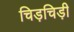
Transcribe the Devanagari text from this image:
चिड़चिड़ी